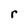
Character: r